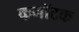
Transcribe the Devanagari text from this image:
कनॉटक